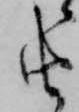
由